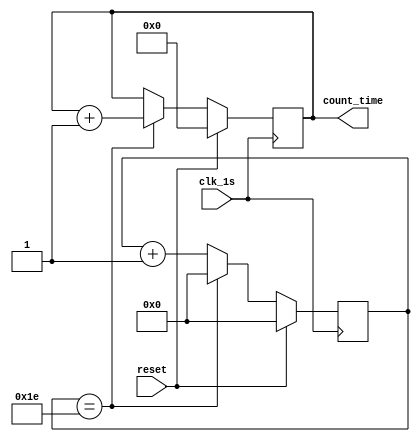
module clkgen_1s(
	input clk_1s,
	input reset,
	output reg [9:0]count_time
	);
reg [5:0] count5;
always@(negedge clk_1s)//
begin
	if (reset)
	begin
	count_time=0;
	count5=0;
	end
	else begin
	if(count5==30)
	begin
	count5=0;
	count_time=count_time+1;
	end
	else
	count5=count5+1;
	end
end

endmodule